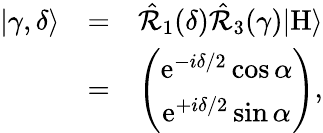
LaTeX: \begin{array}{rlr}{|\gamma,\delta\rangle}&{=}&{\hat{\mathcal{R}}_{1}(\delta)\hat{\mathcal{R}}_{3}(\gamma)|\mathrm{H}\rangle}\\ &{=}&{\left(\begin{array}{c}{\mathrm{e}^{-i\delta/2}\cos\alpha}\\ {\mathrm{e}^{+i\delta/2}\sin\alpha}\end{array}\right),}\end{array}